Indian journal of veterinary science and animal husbandry - Volume 11,
Year: 1941
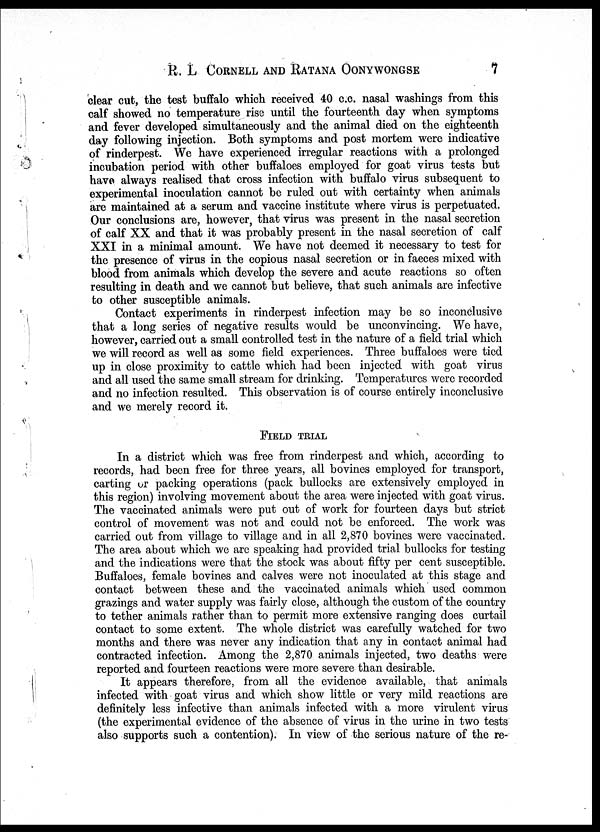
R. L CORNELL AND RATANA OONYWONGSE 7
clear cut, the test buffalo which received 40 c.c. nasal washings from this
calf showed no temperature rise until the fourteenth day when symptoms
and fever developed simultaneously and the animal died on the eighteenth
day following injection. Both symptoms and post mortem were indicative
of rinderpest. We have experienced irregular reactions with a prolonged
incubation period with other buffaloes employed for goat virus tests but
have always realised that cross infection with buffalo virus subsequent to
experimental inoculation cannot be ruled out with certainty when animals
are maintained at a serum and vaccine institute where virus is perpetuated.
Our conclusions are, however, that virus was present in the nasal secretion
of calf XX and that it was probably present in the nasal secretion of calf
XXI in a minimal amount. We have not deemed it necessary to test for
the presence of virus in the copious nasal secretion or in faeces mixed with
blood from animals which develop the severe and acute reactions so often
resulting in death and we cannot but believe, that such animals are infective
to other susceptible animals.
Contact experiments in rinderpest infection may be so inconclusive
that a long series of negative results would be unconvincing. We have,
however, carried out a small controlled test in the nature of a field trial which
we will record as well as some field experiences. Three buffaloes were tied
up in close proximity to cattle which had been injected with goat virus
and all used the same small stream for drinking. Temperatures were recorded
and no infection resulted. This observation is of course entirely inconclusive
and we merely record it.
FIELD TRIAL
In a district which was free from rinderpest and which, according to
records, had been free for three years, all bovines employed for transport,
carting or packing operations (pack bullocks are extensively employed in
this region) involving movement about the area were injected with goat virus.
The vaccinated animals were put out of work for fourteen days but strict
control of movement was not and could not be enforced. The work was
carried out from village to village and in all 2,870 bovines were vaccinated.
The area about which we are speaking had provided trial bullocks for testing
and the indications were that the stock was about fifty per cent susceptible.
Buffaloes, female bovines and calves were not inoculated at this stage and
contact between these and the vaccinated animals which used common
grazings and water supply was fairly close, although the custom of the country
to tether animals rather than to permit more extensive ranging does curtail
contact to some extent. The whole district was carefully watched for two
months and there was never any indication that any in contact animal had
contracted infection. Among the 2,870 animals injected, two deaths were
reported and fourteen reactions were more severe than desirable.
It appears therefore, from all the evidence available, that animals
infected with goat virus and which show little or very mild reactions are
definitely less infective than animals infected with a more virulent virus
(the experimental evidence of the absence of virus in the urine in two tests
also supports such a contention). In view of the serious nature of the re-